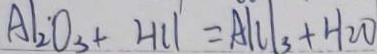
A 1 _ { 2 } O _ { 3 } + H C l = A l C L _ { 3 } + H _ { 2 } O